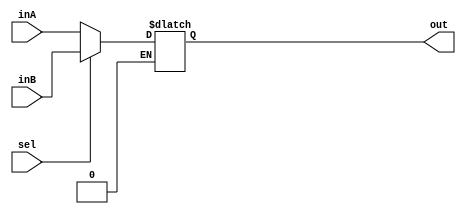
`timescale 1ns / 1ps
//////////////////////////////////////////////////////////////////////////////////
// Company: 
// Engineer: 
// 
// Design Name: 
// Module Name: Mux5Bit2To1
// Project Name: 
// Target Devices: 
// Tool Versions: 
// Description: 
// 
// Dependencies: 
// 
// Revision:
// Revision 0.01 - File Created
// Additional Comments:
// 
//////////////////////////////////////////////////////////////////////////////////


module Mux5Bit2To1(out, inA, inB, sel);

    output reg [4:0] out;
    
    input [4:0] inA;
    input [4:0] inB;
    input sel;
    
    initial begin
        out = 0;
    end
    
    always @(inA, inB, sel, out) begin
        if(sel == 1'b0) begin
            out <= inA;
        end
        else if(sel == 1'b1) begin
            out <= inB;
        end
    end 

endmodule